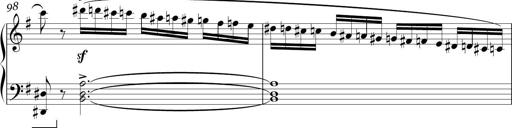
Title: Sonatina in E minor
Composer: Shuwen Zhang
Key: E minor